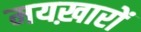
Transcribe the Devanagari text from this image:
मयख़ारों